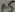
Text: A5